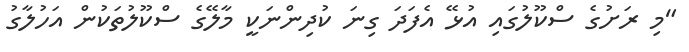
"މި ރަށުގެ ސްކޫލުގައި އުޅޭ އެފަދަ ގިނަ ކުދިންނަކީ މާލޭގެ ސްކޫލުތަކުން އަހުލާގު